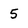
Character: 5